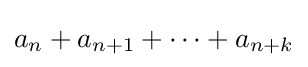
a_{n}+a_{n+1}+\cdots +a_{n+k}